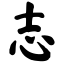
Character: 志